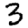
Digit: 3